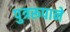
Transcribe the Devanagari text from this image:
पुत्ररूपाने